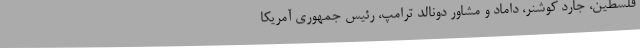
فلسطین، جارد کوشنر، داماد و مشاور دونالد ترامپ، رئیس جمهوری آمریکا